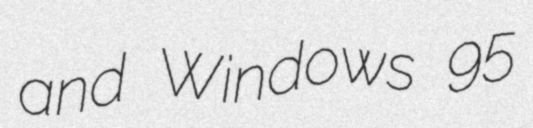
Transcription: and Windows 95